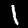
Digit: 1